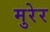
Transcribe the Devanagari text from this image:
मुरेर